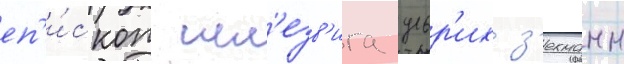
еп'и́скоп шл'езв'ига ульр'их з'ехманн